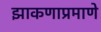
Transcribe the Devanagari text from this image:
झाकणाप्रमाणे